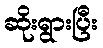
ဆိုးရွားပြီး